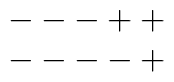
\begin{array}{c} ---++ \\ ----+ \end{array}